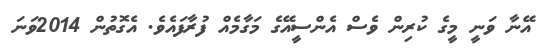
އޭނާ ވަނީ މީގެ ކުރިން ވެސް އެންސީއޭގެ މަގާމެއް ފުރާފައެވެ. އެގޮތުން 2014ވަނަ